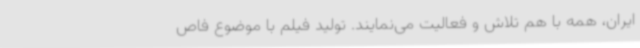
ایران، همه با هم تلاش و فعالیت می‌نمایند. تولید فیلم با موضوع فاص